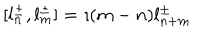
LaTeX: [ l _ { n } ^ { \pm } , l _ { m } ^ { \pm } ] = \imath ( m - n ) l _ { n + m } ^ { \pm } ~ ~